Report on vaccination in Madras 1895-1903 - 1895-1903
Year: 1895
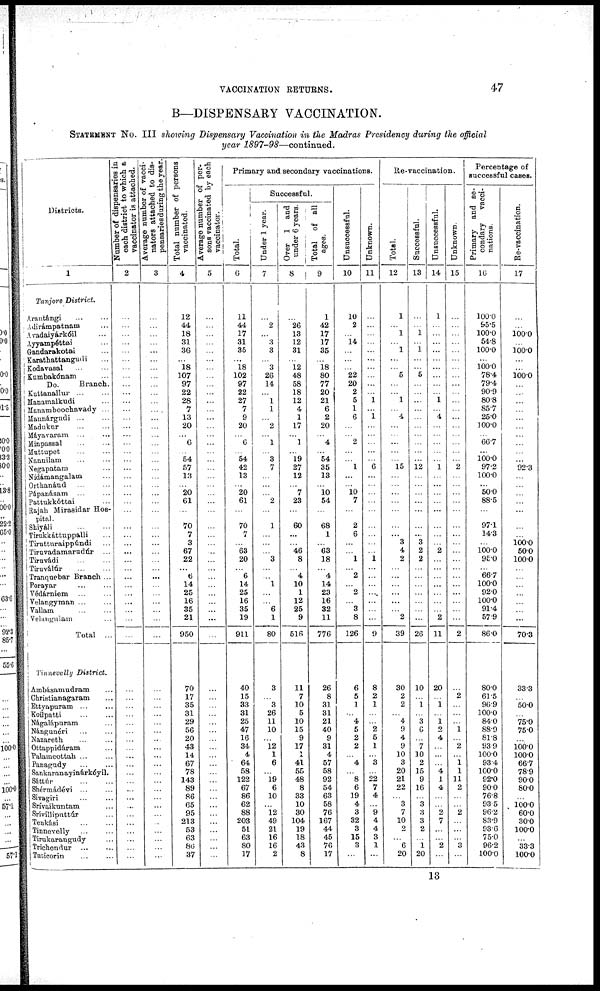
VACCINATION RETURNS.
47
B—DISPENSARY VACCINATION.
STATEMENT No. III showing Dispensary Vaccination in the Madras Presidency during the official
year 1897-98—continued.
Districts.
1
Tanjore District.
Arantángi
...
...
Adirámpatnam ...
Avadaiyárkóil ...
Ayyampéttai ...
Gandarakotai ...
Karathattangudi ...
Kodavasal
...
...
Kumbakónam ...
Do.
Branch.
Kuttanallur
...
...
Manamalkudi ...
Manamboochavady ...
Maunárgudi
...
...
Madukur ... ...
Máyavaram ... ...
Minpassal ... ...
Muttupet ... ...
Nannilam ... ...
Negapatam ...
Nídámangalam ...
Orthanáud ... ...
Pápanásam ... ...
Pattukkóttai ...
Rajah Mirasidar Hos-
pital.
Shiyáli
...
...
Tirukkáttuppalli ...
Tirutturaippúndi ...
Tiruvadamarudúr ...
Tiruvádi
...
...
Tiruválúr
...
...
Tranquebar Branch ...
Porayar ... ...
Védárniem ... ...
Velangyman ... ...
Vallam
...
...
Velangulam ...
Total ...
Tinnevelly District.
Ambásamudram ...
Christianagaram ...
Ettyapuram
...
...
Koilpatti ... ...
Nágalápuram ...
Nángunéri ... ...
Nazareth ... ...
Ottappidáram ...
Palamcottah ... ...
Panagudy ... ...
Sankaranayinárkóyil.
Sáttúr
...
...
Shérmádévi ... ...
Sivagiri ... ...
Srívaikuntam ...
Srívilliputtúr ...
Tenkási
...
...
Tinnevelly ... ...
Tirukaraugudy ...
Trichendur
...
...
Tuticorin ... ...
Number of dispensaries in
each district to which a
vaccinator is attached.
2
...
...
...
...
...
...
...
...
...
...
...
...
...
...
...
...
...
...
...
...
...
...
...
...
...
...
...
...
...
...
...
...
...
...
...
...
...
...
...
...
...
...
...
...
...
...
...
...
...
...
...
...
...
...
...
...
...
...
Average number of vacci-
nators attached to dis-
pensaries during the year.
3
...
...
...
...
...
...
...
...
...
...
...
...
...
...
...
...
...
...
...
...
...
...
...
...
...
...
...
...
...
...
...
...
...
...
...
...
...
...
...
...
...
...
...
...
...
...
...
...
...
...
...
...
...
...
...
...
...
...
Total number of persons
vaccinated.
4
12
44
18
31
36
...
18
107
97
22
28
7
13
20
...
6
...
54
57
13
... 20
61
...
70
7
3
67
22
...
6
14
25
16
35
21
950
70
17
35
31
29
56
20
43
14
67
78
143
89
86
65
95
213
53
63
86
37
Average number of per-
sons vaccinated by each
vaccinator.
5
...
...
...
...
...
...
...
...
...
...
...
...
...
...
...
...
...
...
...
...
...
...
...
...
...
...
...
...
...
...
...
...
...
...
...
...
...
...
...
...
...
...
...
...
...
...
...
...
...
...
...
...
...
...
...
...
...
...
Primary and secondary vaccinations.
Total.
6
11
44
17
31
35
...
18
102
97
22
27
7
9
20
...
6
...
54
42
13
... 20
61
...
70
7
...
63
20
...
6
14
25
16
35
19
911
40
15
33
31
25
47
16
34
4
64
58
122
67
86
62
88
203
51
63
80
17
Successful.
Under 1 year.
7
...
2
...
3
3
...
3
26
14
...
1
1
...
2
...
1
...
3
7
...
...
...
2
...
1
...
...
... 3
...
...
1
...
...
6
1
80
3
...
3
26
11
10
...
12
1
6
...
19
6
10
...
12
49
21
16
16
2
Over 1 and
under 6 years.
8
...
26
13
12
31
...
12
48
58
18
12
4
1
17
...
1
...
19
27
12
... 7
23
...
60
...
...
46
8
...
4
10
1
12
25
9
516
11
7
10
5
10
15
9
17
1
41
55
48
8
33
10
30
104
19
18
43
8
Total of all
ages.
9
1
42
17
17
35
...
18
80
77
20
21
6
2
20
...
4
...
54
35
13
... 10
54
...
68
1
...
63
18
...
4
14
23
16
32
11
776
26
8
31
31
21
40
9
31
4
57
58
92
54
63
58
76
167
44
45
76
17
Unsuccessful.
10
10
2
...
14
...
...
... 22
20
2
5
1
6
...
...
2
...
... 1
...
...
10 7
...
2
6
...
...
1
...
2
... 2
...
3
8
126
6
5
1
...
4
5
2
2
...
4
...
8
6
19
4
3
32
3
15
3
...
Unknown.
11
...
...
...
...
...
...
...
...
...
...
1
...
1
...
...
...
...
... 6
...
...
...
...
...
...
...
...
...
1
...
...
...
...
...
...
...
9
8
2
1
...
...
2
5
1
...
3
...
22
7
4
...
9
4
4
3
1
...
Re-vaccination.
Total.
12
1
...
1
...
1
...
... 5
...
...
1
...
4
...
...
...
...
... 15
...
...
...
...
...
...
...
3
4
2
...
...
...
...
...
... 2
39
30
2
2
...
4
9
4
9
10
3
20
21
22
...
3
7
10
2
...
6
20
Successful.
13
...
...
1
...
1
...
... 5
...
...
...
...
...
...
...
...
...
...
12
...
...
...
...
...
...
...
3
2
2
...
...
...
...
...
...
...
26
10
...
1
...
3
6
...
7
10
2
15
9
16
...
3
3
3
2
...
1
20
Unsuccessful.
14
1
...
...
...
...
...
...
...
...
...
1
...
4
...
...
...
...
...
1
...
...
...
...
...
...
...
...
2
...
...
...
...
...
...
... 2
11
20
...
1
...
1
2
4
...
...
...
4
1
4
...
...
2
7
...
...
2
...
Unknown.
15
...
...
...
...
...
...
...
...
...
...
...
...
...
...
...
...
...
... 2
...
...
...
...
...
...
...
...
...
...
...
...
...
...
...
...
...
2
...
2
...
...
...
1
...
2
...
1 1
11
2
...
...
2
...
...
...
3
...
Percentage of
successful cases.
Primary and se-
condary
vacci-
nations.
16
100.0
95.5
100.0
54.8
100.0
...
100.0
78.4
79.4
90.9
80.8
85.7
25.0
100.0
...
66.7
...
100.0
97.2
100.0
...
50.0
88.5
...
97.1
14.3
...
100.0
95.0
...
66.7
100.0
92.0
100.0
91.4
57.9
86.0
80.0
61.5
96.9
100.0
84.0
88.9
81.8
93.9
100.0
93.4
100.0
92.0
90.0
76.8
93.5
96.2
83.9
93.6
75.0
96.2
100.0
Re-vaccination.
17
...
...
100.0
...
100.0
...
... 100.0
...
...
...
...
...
...
...
...
...
...
92.3
...
...
...
...
...
...
...
100.0
50.0
100.0
...
...
...
...
...
...
...
70.3
33.3
...
50.0
...
75.0
75.0
...
100.0
100.0
66.7
78.9
90.0
80.0
...
100.0
60.0
30.0
100.0
...
33.3
100.0
13